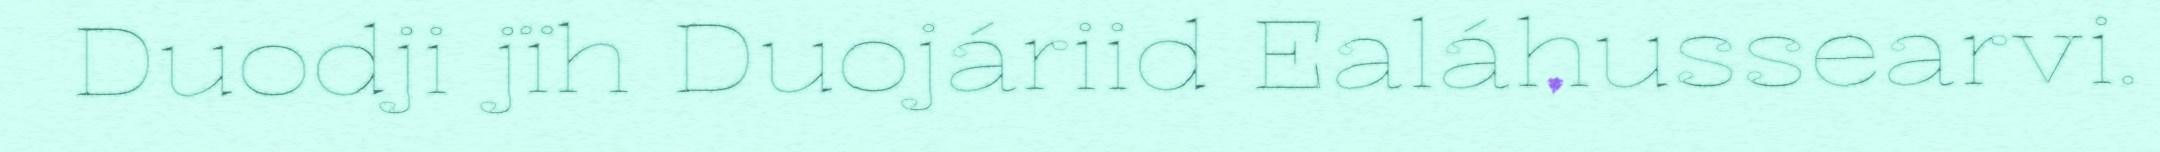
Duodji jïh Duojáriid Ealáhussearvi.